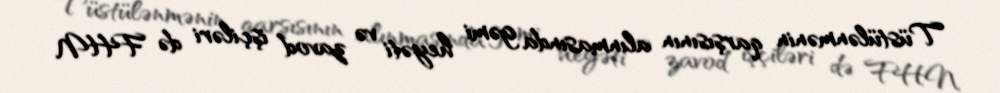
Tüstülənmənin qarşısının alınmasında gəmi heyəti və zavod işçiləri də FHN